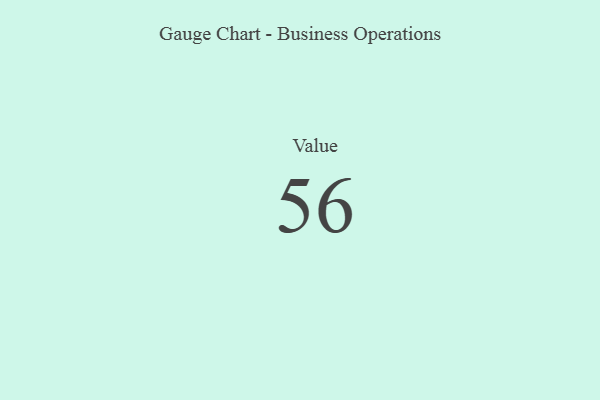
{"axis": {"x": "Metric", "y": "Value"}, "legend": [""], "data": [{"x": "Value", "y": 56, "type": ""}]}